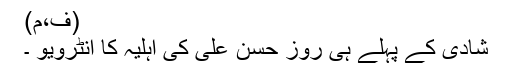
(ف،م)
شادی کے پہلے ہی روز حسن علی کی اہلیہ کا انٹرویو ۔